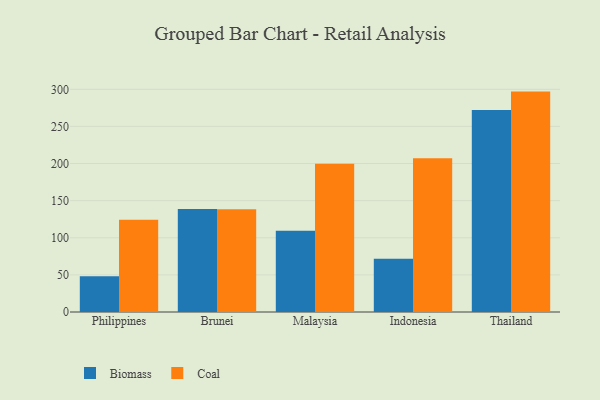
{"axis": {"x": "Country", "y": "Latency (ms)"}, "legend": ["Biomass", "Coal"], "data": [{"x": "Philippines", "y": 48.1, "type": "Biomass"}, {"x": "Philippines", "y": 124.2, "type": "Coal"}, {"x": "Brunei", "y": 138.6, "type": "Biomass"}, {"x": "Brunei", "y": 138.3, "type": "Coal"}, {"x": "Malaysia", "y": 109.6, "type": "Biomass"}, {"x": "Malaysia", "y": 199.8, "type": "Coal"}, {"x": "Indonesia", "y": 71.6, "type": "Biomass"}, {"x": "Indonesia", "y": 207.2, "type": "Coal"}, {"x": "Thailand", "y": 272.1, "type": "Biomass"}, {"x": "Thailand", "y": 296.9, "type": "Coal"}]}